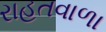
રાહતવાળા